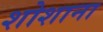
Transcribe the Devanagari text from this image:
शोशाना